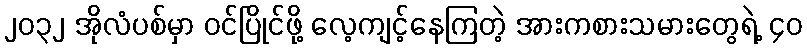
၂၀၃၂ အိုလံပစ်မှာ ဝင်ပြိုင်ဖို့ လေ့ကျင့်နေကြတဲ့ အားကစားသမားတွေရဲ့ ၄၀